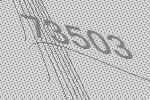
73503